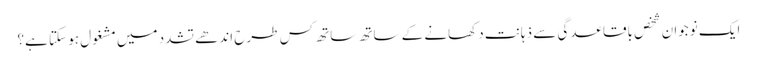
ایک نوجوان شخص باقاعدگی سے ذہانت دکھانے کے ساتھ ساتھ کس طرح اندھے تشدد میں مشغول ہو سکتا ہے؟